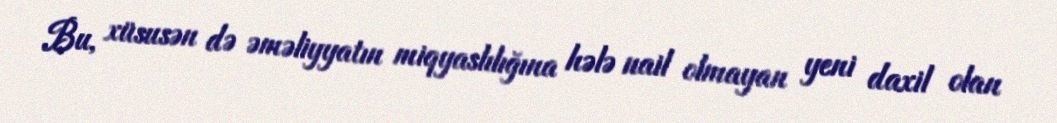
Bu, xüsusən də əməliyyatın miqyaslılığına hələ nail olmayan yeni daxil olan